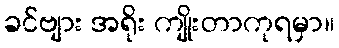
ခင်ဗျား အရိုး ကျိုးတာကုရမှာ။